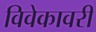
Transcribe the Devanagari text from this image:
विवेकावरी